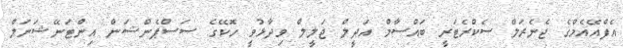
އެފްއޭއެމްގެ ޖެނެރަލް ސެކްރެޓަރީ ބައްސާމް އަދީލް ޖަލީލް ވިދާޅުވީ ހޮކޭގެ ސަސްޕެންޝަން އިންޓަނޭޝަނަލް